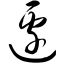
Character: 边